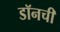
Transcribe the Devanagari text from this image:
डॉनची